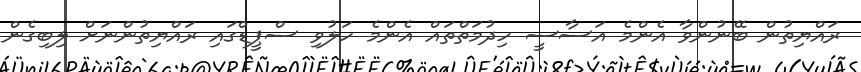
ރައްޔިތުން ބޭނުންވާ އެންމެ އަސާސީ ހިދުމަތްތައް އެންމެ ހަލުވި ސްޕީޑްގައި ރައްޔިތުންނަށް ލިބިގެން